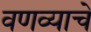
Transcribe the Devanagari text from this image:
वणव्याचे